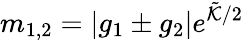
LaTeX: m_{1,2}=|g_{1}\pm g_{2}|e^{\tilde{\cal K}/2}